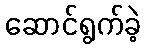
ဆောင်ရွက်ခဲ့